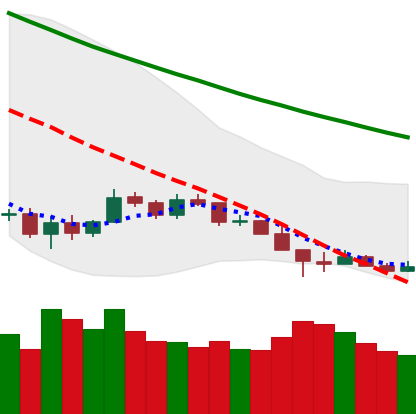
Ticker: LTC-USD
Chart end date: 2018-12-12
Forward return: 19.495%
Label: up_7plus